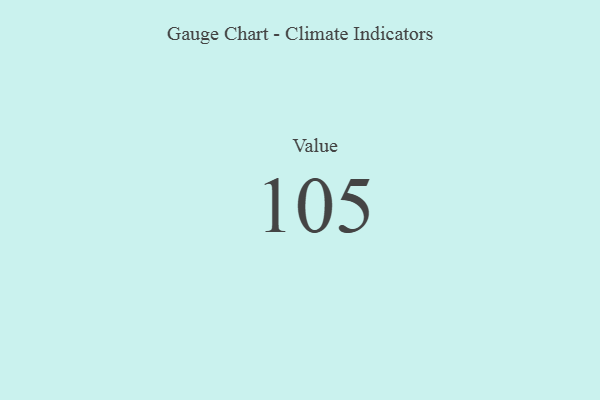
{"axis": {"x": "Metric", "y": "Value"}, "legend": [""], "data": [{"x": "Value", "y": 105, "type": ""}]}